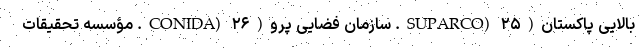
بالایی پاکستان(SUPARCO) ۲۵. سازمان فضایی پرو(CONIDA) ۲۶. مؤسسه تحقیقات